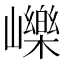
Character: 𡾒